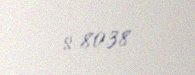
$ 8038